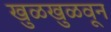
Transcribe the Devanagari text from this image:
खुळखुळवून